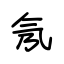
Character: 氖